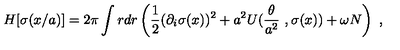
H [ \sigma ( x / a ) ] = 2 \pi \int r d r \left( \frac 1 2 ( \partial _ { i } \sigma ( x ) ) ^ { 2 } + a ^ { 2 } U ( \frac { \theta } { a ^ { 2 } } \ , \sigma ( x ) ) + \omega N \right) \ ,